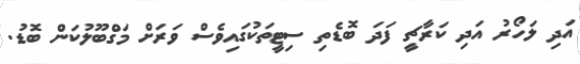
އަދި ލަހޯރު އަދި ކަރާޗީ ފަދަ ބޮޑެތި ސިޓީތަކުގައިވެސް ވަރަށް މަގްބޫލުކަން ބޮޑު.